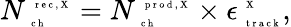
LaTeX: N_{\mathrm{~\tiny~c~h~}}^{\mathrm{~\tiny~r~e~c~,~X~}}=N_{\mathrm{~\tiny~c~h~}}^{\mathrm{~\tiny~p~r~o~d~,~X~}}\times\epsilon_{\mathrm{~\tiny~t~r~a~c~k~}}^{\mathrm{~\tiny~X~}},